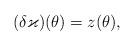
LaTeX: \begin{align*}(\delta\varkappa)(\theta)=z(\theta),\end{align*}